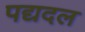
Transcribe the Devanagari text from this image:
पद्यदल